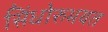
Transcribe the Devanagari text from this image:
सिंधोरुभयत